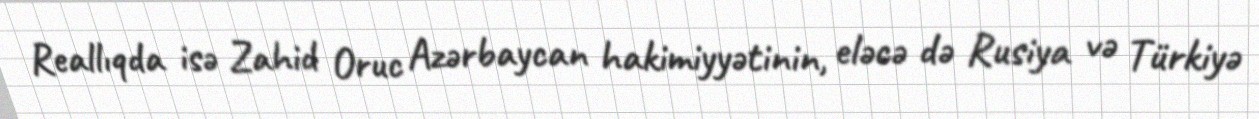
Reallıqda isə Zahid Oruc Azərbaycan hakimiyyətinin, eləcə də Rusiya və Türkiyə